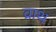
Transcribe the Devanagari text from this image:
व्राथ